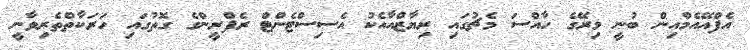
އެފްއޭއެމްއިން ބުނީ މިރޭގެ ހާއްސަ މެޗުގައި ރިޔާޒްއާއެކު އެސިސްޓެންޓް ރެފްރީންގެ ގޮތުގައި ހަރަކާތްތެރިވާނީ